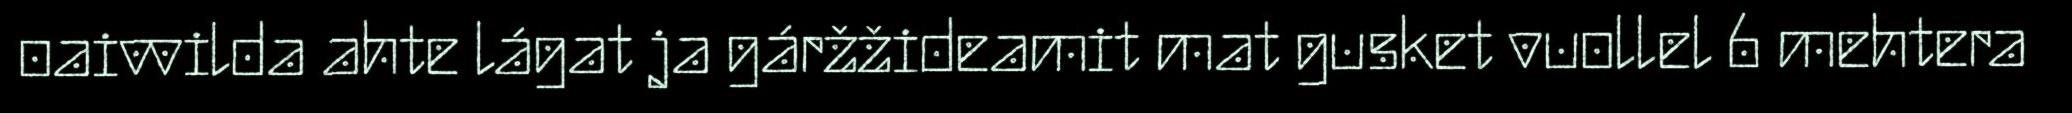
oaivvilda ahte lágat ja gáržžideamit mat gusket vuollel 6 mehtera